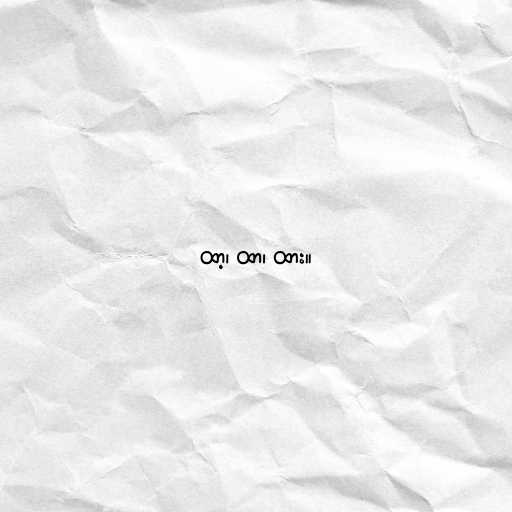
ထာ့၊ ထာ၊ ထား။